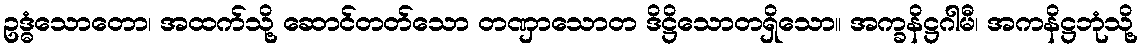
ဥဒ္ဓံသောတော၊ အထက်သို့ ဆောင်တတ်သော တဏှာသောတ ဒိဋ္ဌိသောတရှိသော။ အက္ခနိဋ္ဌဂါမီ၊ အကနိဋ္ဌဘုံသို့